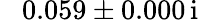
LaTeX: \hphantom{-}0.059\pm 0.000\, \mathrm{i}